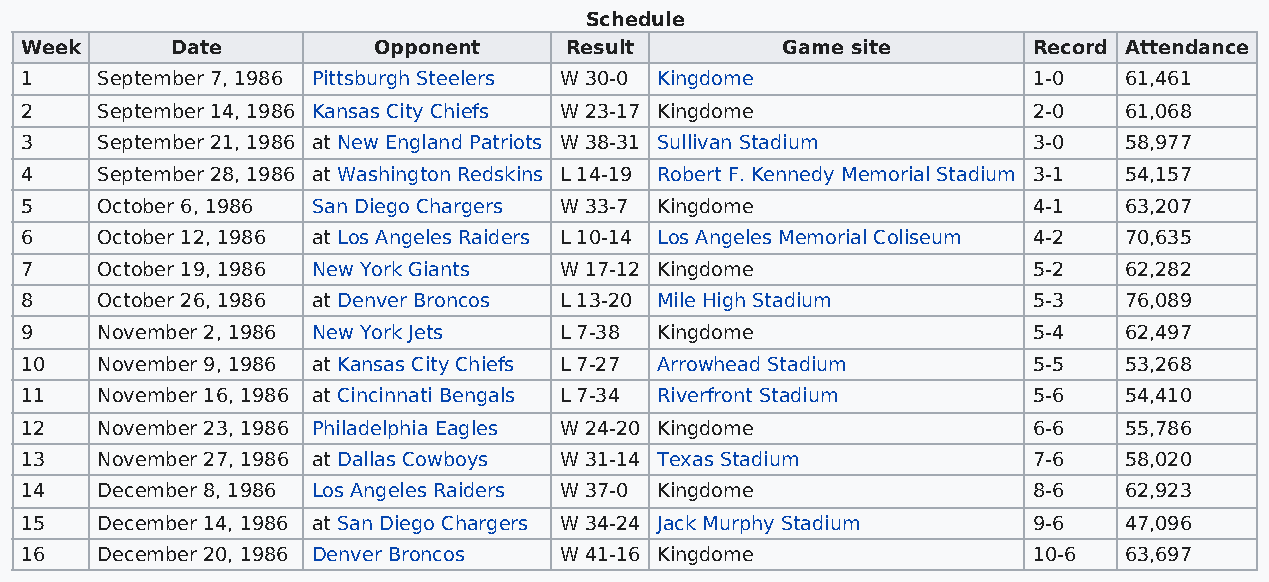
Schedule
 Week      Date          Opponent    Result         Game site       Record Attendance
 1    September 7, 1986 Pittsburgh Steelers W 30-0 Kingdome         1-0   61,461
 2    September 14, 1986 Kansas City Chiefs W 23-17 Kingdome        2-0   61,068
 3    September 21, 1986 at New England Patriots W 38-31 Sullivan Stadium 3-0 58,977
 4    September 28, 1986 at Washington Redskins L 14-19 Robert F. Kennedy Memorial Stadium 3-1 54,157
 5    October 6, 1986 San Diego Chargers W 33-7 Kingdome            4-1   63,207
 6    October 12, 1986 at Los Angeles Raiders L 10-14 Los Angeles Memorial Coliseum 4-2 70,635
 7    October 19, 1986 New York Giants W 17-12 Kingdome             5-2   62,282
 8    October 26, 1986 at Denver Broncos L 13-20 Mile High Stadium  5-3   76,089
 9    November 2, 1986 New York Jets L 7-38 Kingdome                5-4   62,497
 10   November 9, 1986 at Kansas City Chiefs L 7-27 Arrowhead Stadium 5-5 53,268
 11   November 16, 1986 at Cincinnati Bengals L 7-34 Riverfront Stadium 5-6 54,410
 12   November 23, 1986 Philadelphia Eagles W 24-20 Kingdome        6-6   55,786
 13   November 27, 1986 at Dallas Cowboys W 31-14 Texas Stadium     7-6   58,020
 14   December 8, 1986 Los Angeles Raiders W 37-0 Kingdome          8-6   62,923
 15   December 14, 1986 at San Diego Chargers W 34-24 Jack Murphy Stadium 9-6 47,096
 16   December 20, 1986 Denver Broncos W 41-16 Kingdome             10-6  63,697